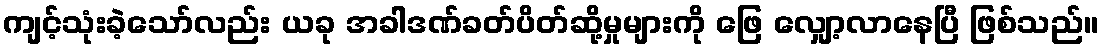
ကျင့်သုံးခဲ့သော်လည်း ယခု အခါဒဏ်ခတ်ပိတ်ဆို့မှုများကို ဖြေ လျှော့လာနေပြီ ဖြစ်သည်။